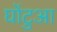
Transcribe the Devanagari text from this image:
घोंटुआ